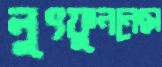
লুৎফুননেছা